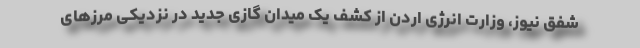
شفق نیوز، وزارت انرژی اردن از کشف یک میدان گازی جدید در نزدیکی مرزهای